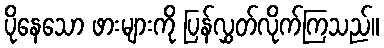
ပိုနေသော ဖားများကို ပြန်လွှတ်လိုက်ကြသည်။